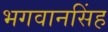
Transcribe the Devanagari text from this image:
भगवानसिंह